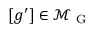
[ g ^ { \prime } ] \in \mathcal { M } _ { \mathrm { ~ G ~ } }